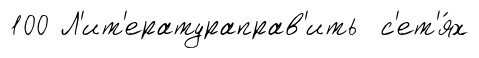
100 Л'ит'ератураправ'ить с'ет'я́х